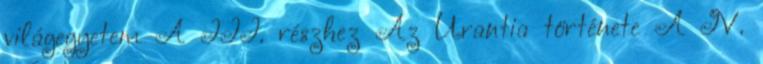
világegyetem A III. részhez Az Urantia története A IV.